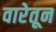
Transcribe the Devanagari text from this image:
वारेतून